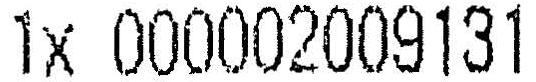
1X 000002009131